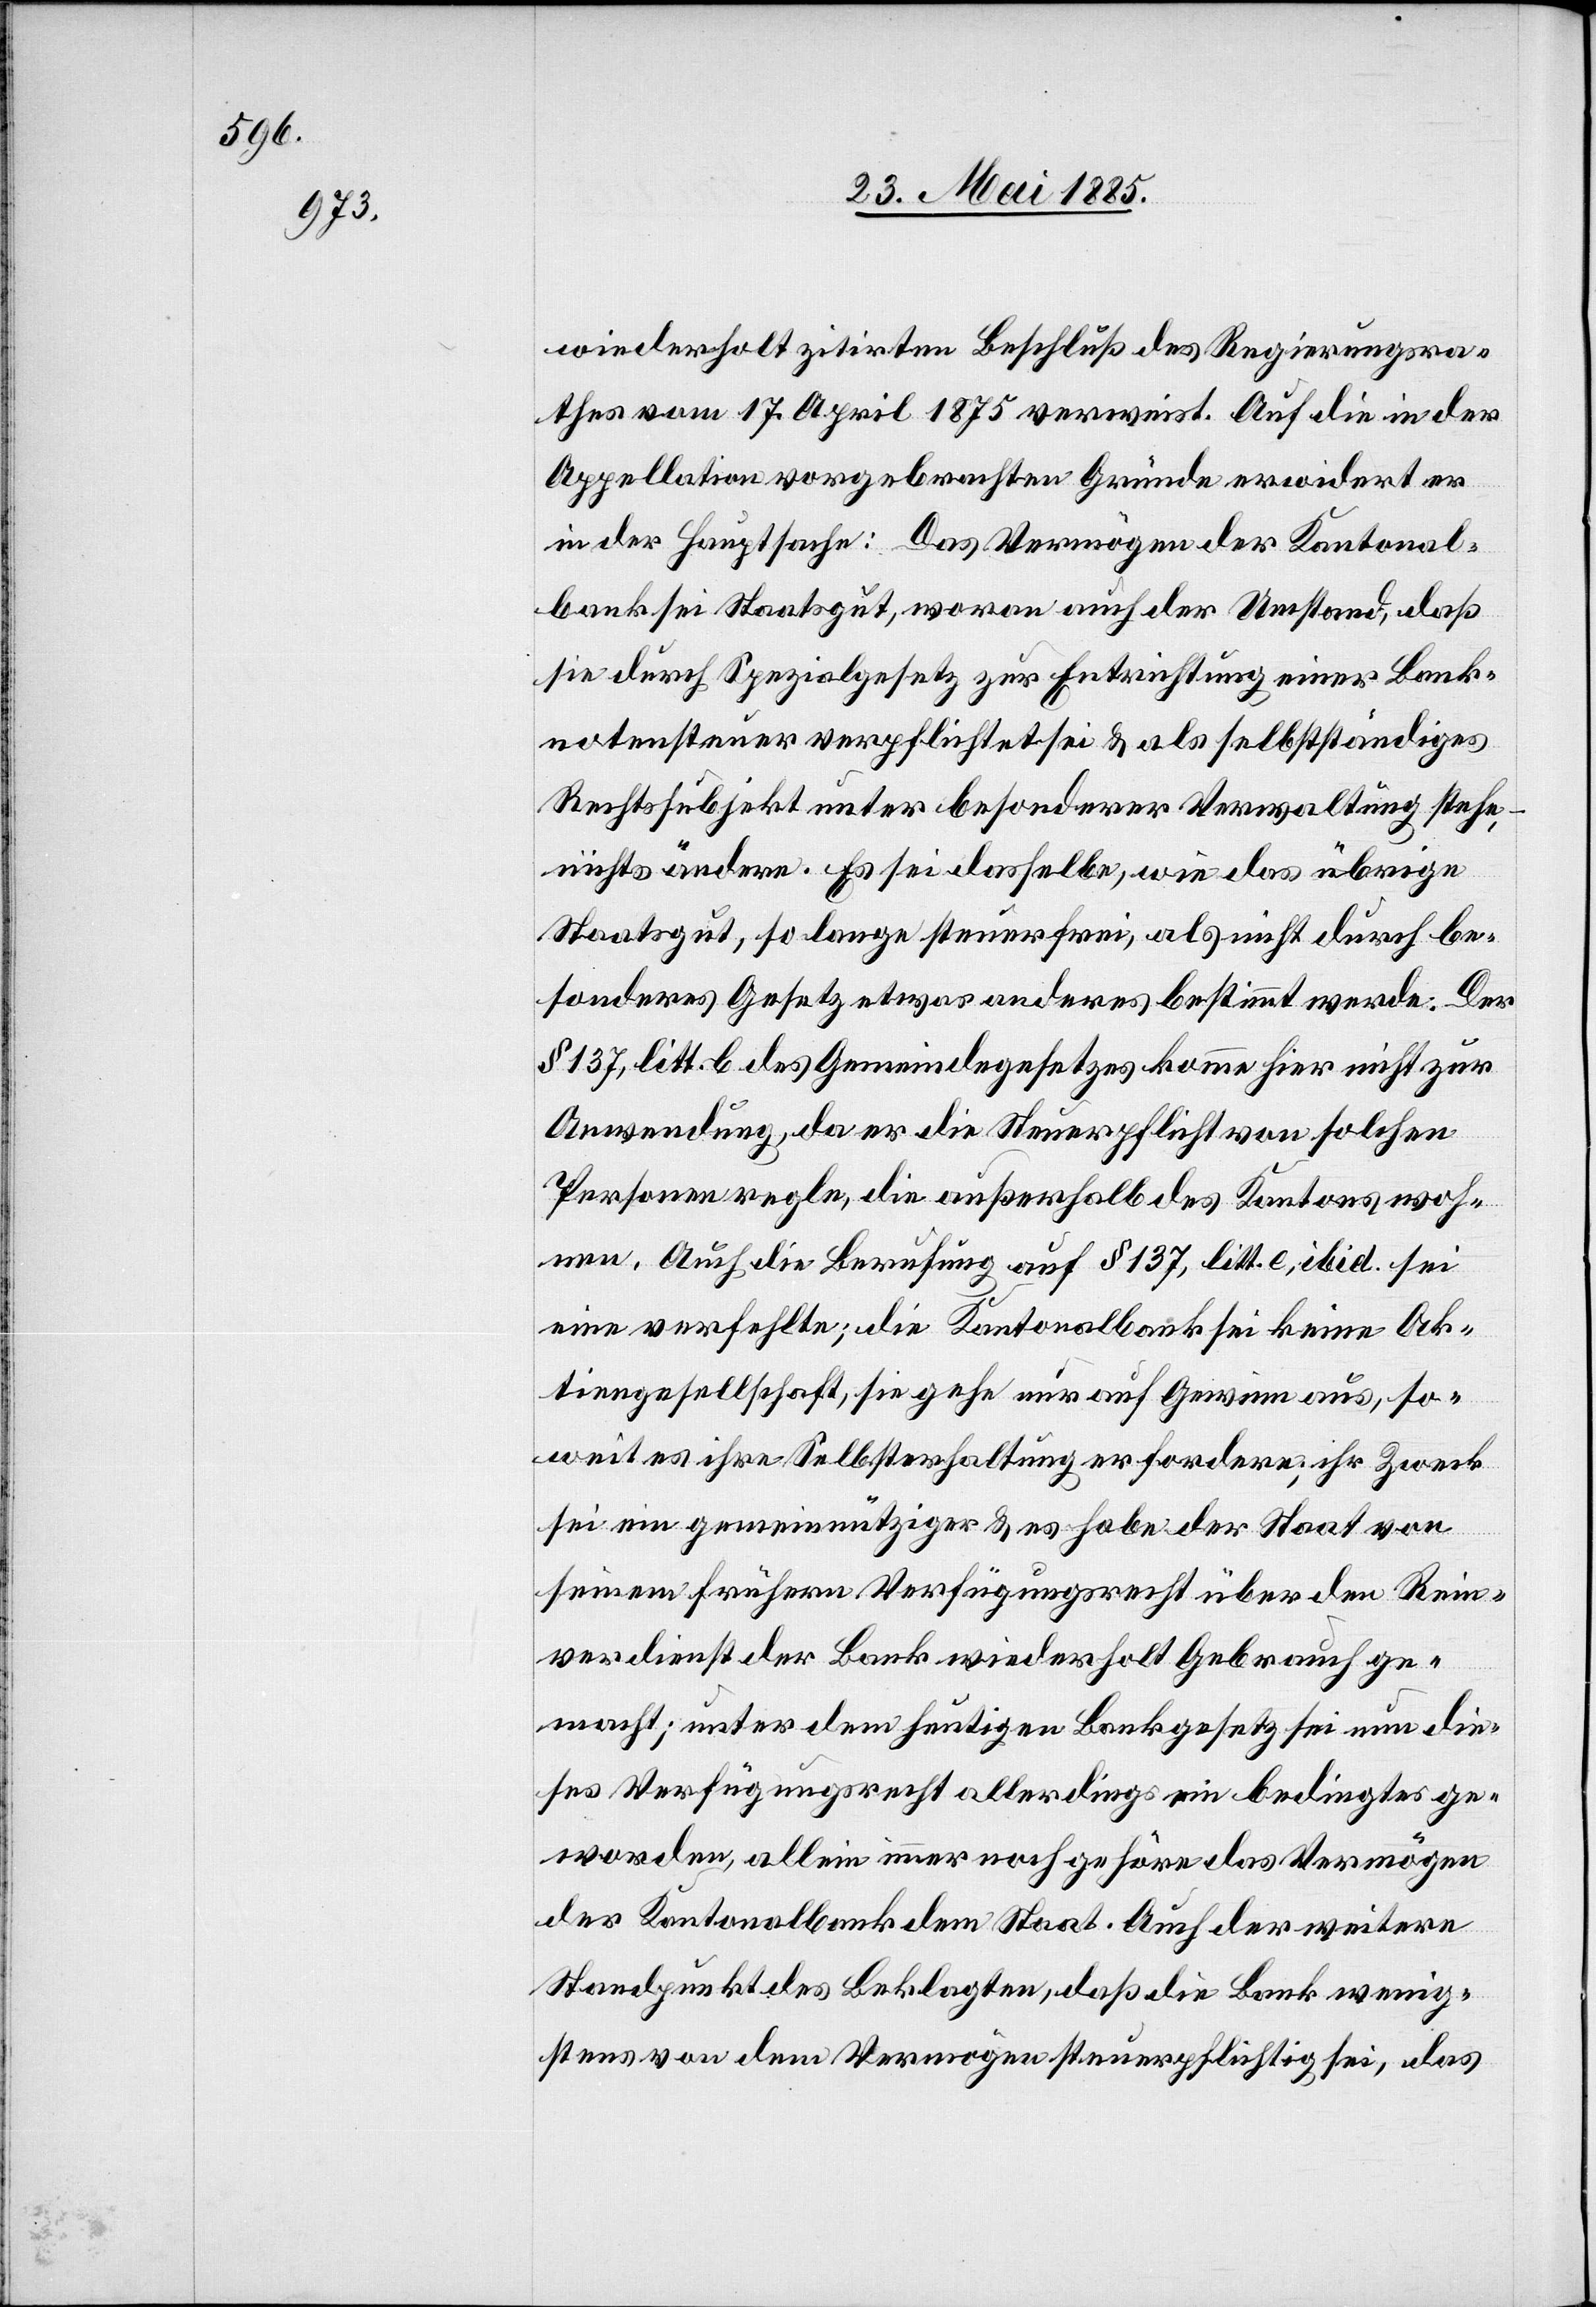
wiederholt zitirten Beschluß des Regierungsra¬
thes vom 17. April 1875 verweist. Auf die in der
Appellation vorgebrachten Gründe erwidert er
in der Hauptsache: Das Vermögen der Kantonal¬
bank sei Staatsgut, woran auch der Umstand, daß
sie durch Spezialgesetz zur Entrichtung einer Bank¬
notensteuer verpflichtet sei & als selbstständiges
Rechtssubjekt unter besonderer Verwaltung stehe,
nichts ändern. Es sei dasselbe, wie das übrige
Staatsgut, so lange steuerfrei, als nicht durch be¬
sonderes Gesetz etwas anderes bestimmt werde. Der
§ 137, litt. b des Gemeindegesetzes komme hier nicht zur
Anwendung, da er die Steuerpflicht von solchen
Personen regle, die außerhalb des Kantons woh¬
nen. Auch die Berufung auf § 137, litt. e, ibid. sei
eine verfehlte; die Kantonalbank sei keine Ak¬
tiengesellschaft, sie gehe nur auf Gewinn aus, so¬
weit es ihre Selbsterhaltung erfordere; ihr Zweck
sei ein gemeinnütziger & es habe der Staat von
seinem frühern Verfügungsrecht über den Rein¬
verdienst der Bank wiederholt Gebrauch ge¬
macht; unter dem heutigen Bankgesetz sei nun die¬
ses Verfügungsrecht allerdings ein bedingtes ge¬
worden, allein immer noch gehöre das Vermögen
der Kantonalbank dem Staat. Auch der weitere
Standpunkt des Beklagten, daß die Bank wenig¬
stens von dem Vermögen steuerpflichtig sei, das